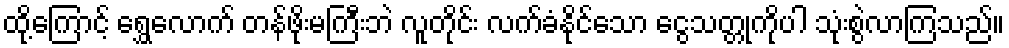
ထို့ကြောင့် ရွှေလောက် တန်ဖိုးမကြီးဘဲ လူတိုင်း လက်ခံနိုင်သော ငွေသတ္တုကိုပါ သုံးစွဲလာကြသည်။